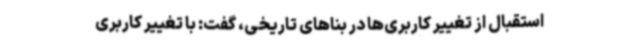
استقبال از تغییر کاربری‌ها در بناهای تاریخی، گفت: با تغییر کاربری